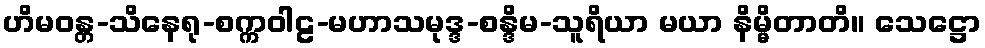
ဟိမဝန္တ-သိနေရု-စက္ကဝါဠ-မဟာသမုဒ္ဒ-စန္ဒိမ-သူရိယာ မယာ နိမ္မိတာတိ။ သေဋ္ဌော